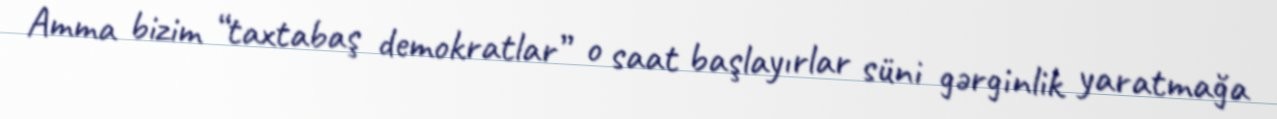
Amma bizim “taxtabaş demokratlar” o saat başlayırlar süni gərginlik yaratmağa